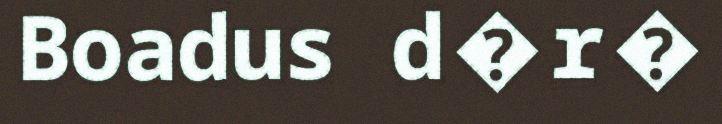
Boadus d�r�